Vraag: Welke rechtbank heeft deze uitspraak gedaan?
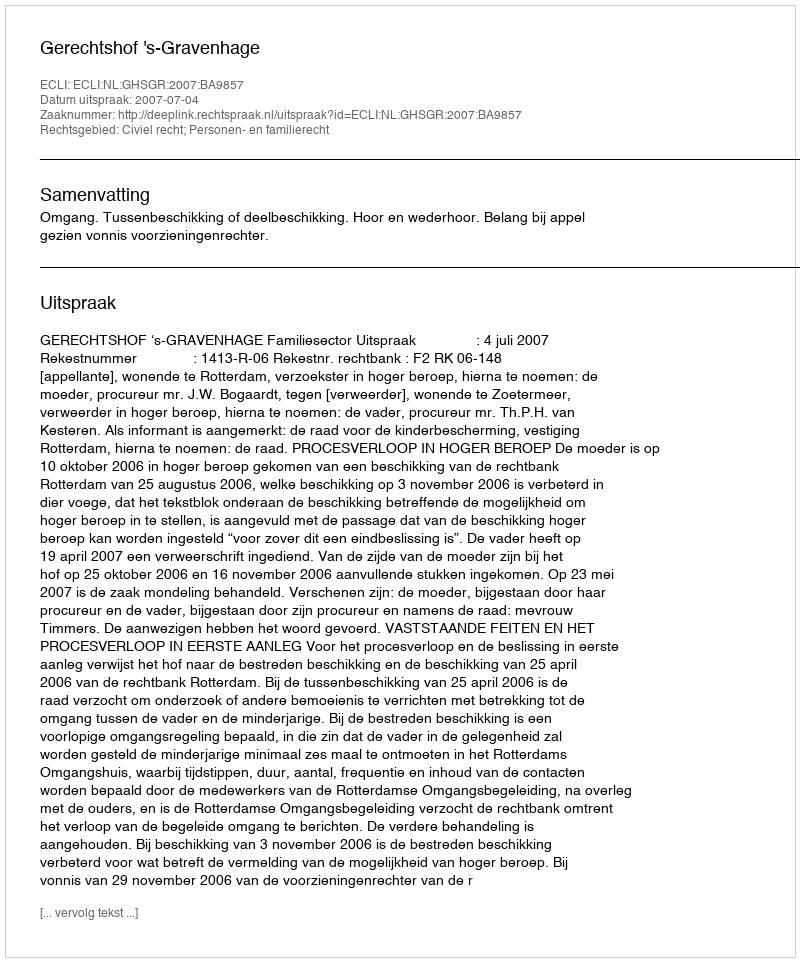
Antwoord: Gerechtshof 's-Gravenhage